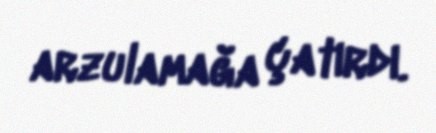
arzulamağa çatırdı.